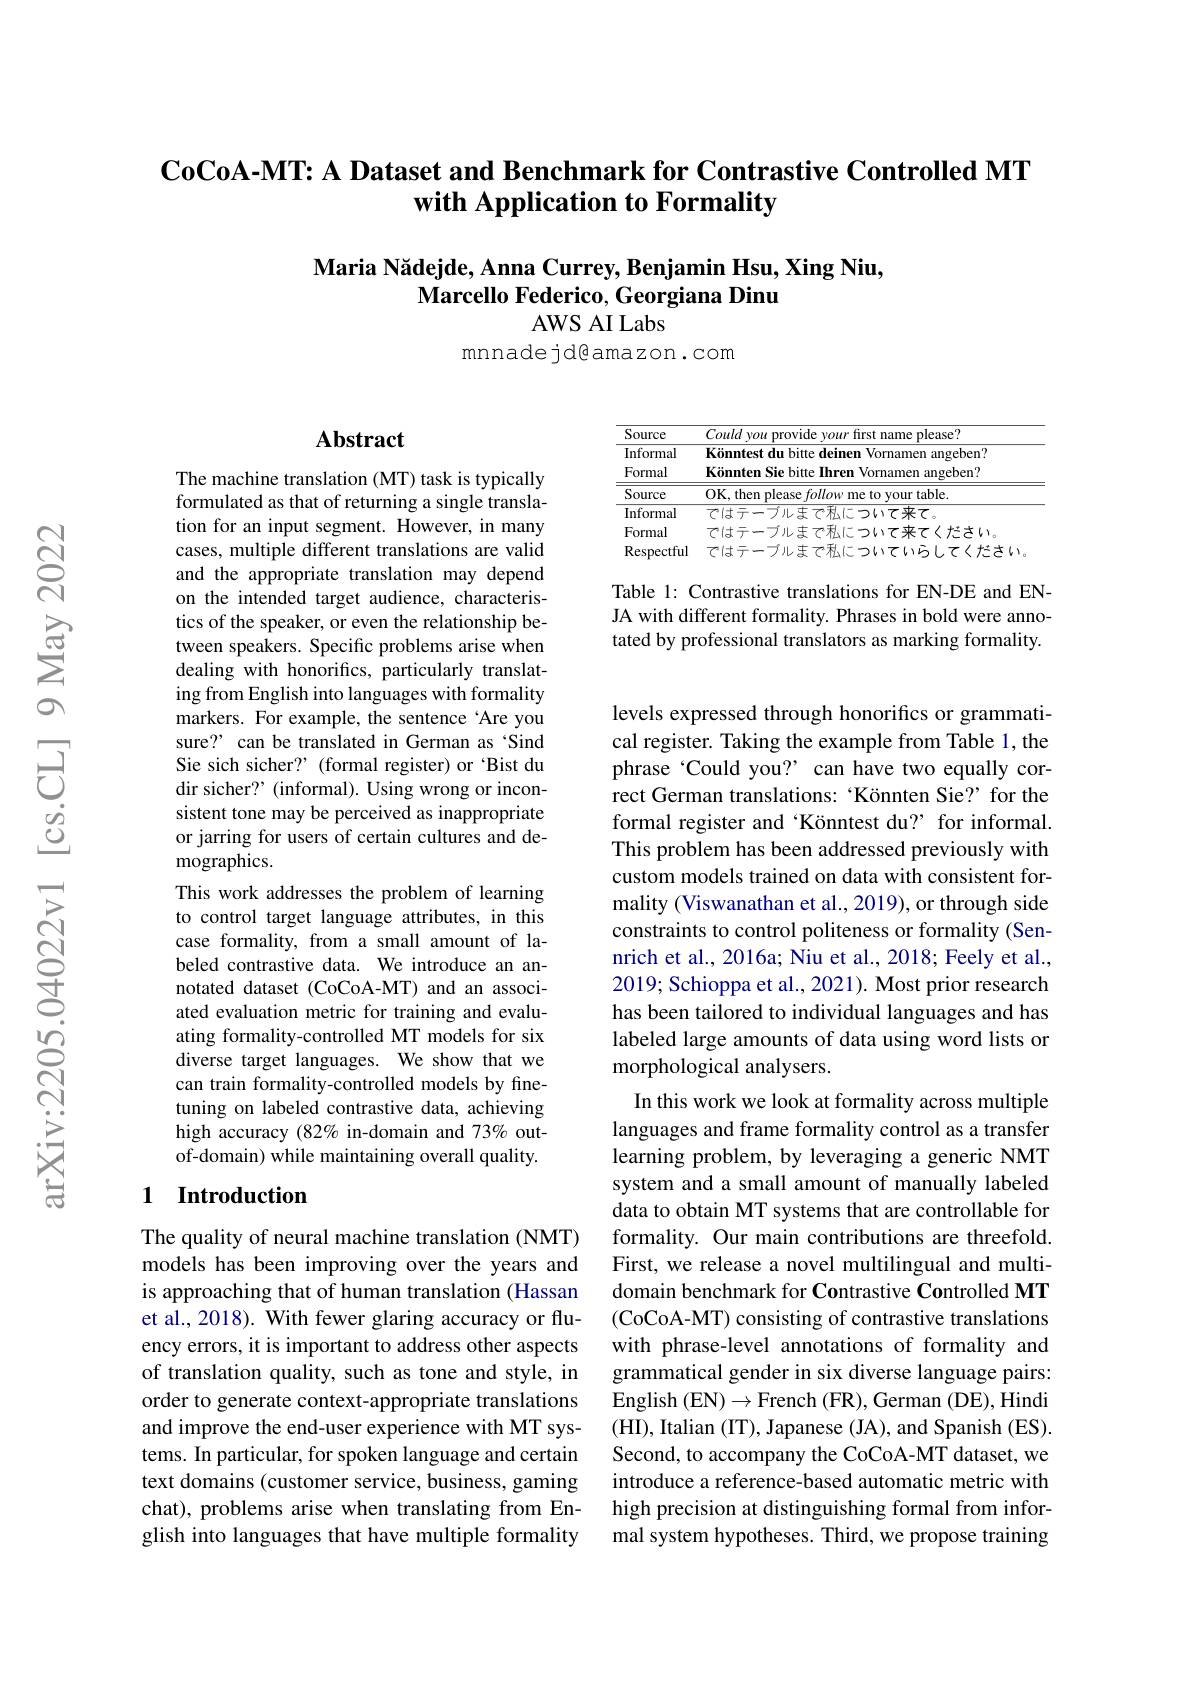
$\textbf{CoCoA- MT: A Dataset and Benchmark for Contrastive Controlled MT}$
with Application to Formality

$\textbf{Maria N\u {a}dejde, AnnaCurrey, BenjaminHsu, XingNiu, }$
Marcello Federico, Georgiana Dinu
## AWS AI Labs

mnnadejdeamazon.com

## Abstract

The machine translation (MT) task is typically formulated as that of returning a single translation for an input segment. However, in many cases, multiple different translations are valid and the appropriate translation may depend on the intended target audience, characteristics of the speaker, or even the relationship between speakers. Specific problems arise when dealing with honorifics, particularly translating from English into languages with formality markers. For example, the sentence 'Are you sure? can be translated in German as‘Sind Sie sich sicher? (formal register) or 'Bist du dir sicher? (informal). Using wrong or inconsistent tone may be perceived as inappropriate or jarring for users of certain cultures and demographics.
This work addresses the problem of learning to control target language attributes, in this case formality, from a small amount of labeled contrastive data. We introduce an annotated dataset (CoCoA-MT) and an associated evaluation metric for training and evaluating formality-controlled MT models for six diverse target languages. We show that we can train formality-controlled models by finetuning on labeled contrastive data, achieving high accuracy (82% in-domain and 73% outof-domain) while maintaining overall quality.

## 1 Introduction

The quality of neural machine translation (NMT) models has been improving over the years and is approaching that of human translation (Hassan et al., 2018). With fewer glaring accuracy or fluency errors, it is important to address other aspects of translation quality, such as tone and style, in order to generate context-appropriate translations and improve the end-user experience with MT systems. In particular, for spoken language and certain text domains (customer service, business, gaming chat), problems arise when translating from English into languages that have multiple formality

<table>
	<tbody>
		<tr>
			<th>Source</th>
			<th>could first nlease' hrnwine WOTT -1</th>
		</tr>
		<tr>
			<td>Informal</td>
			<td>Konntes angeben?</td>
		</tr>
		<tr>
			<td>Formal</td>
			<td>Könnten Sie bitte Ihren Vornamen angeben?</td>
		</tr>
		<tr>
			<td>Source</td>
			<td>$0\mathbf{K}.them$ leas me $f0$ rour table</td>
		</tr>
		<tr>
			<td>Informal</td>
			<td>=来て $T^{*}|$古十</td>
		</tr>
		<tr>
			<td>Formal</td>
			<td>-711. $P^{\prime}|=-1$ 4 $\cdot$ $7^{*}$不 $\frac{17}{2}$ $\langle$たたい</td>
		</tr>
		<tr>
			<td>Respectful</td>
			<td> </td>
		</tr>
	</tbody>
</table>

Table 1: Contrastive translations for EN-DE and ENJA with different formality. Phrases in bold were annotated by professional translators as marking formality.

levels expressed through honorifics or grammatical register. Taking the example from Table 1, the phrase 'Could you? can have two equally correct German translations: ‘Könnten Sie?’for the formal register and ‘Könntest du?’ for informal. This problem has been addressed previously with custom models trained on data with consistent formality (Viswanathan et al., 2019), or through side constraints to control politeness or formality (Sennrich et al., 2016a; Niu et al., 2018; Feely et al., 2019; Schioppa et al., 2021). Most prior research has been tailored to individual languages and has labeled large amounts of data using word lists or morphological analysers.
In this work we look at formality across multiple languages and frame formality control as a transfer learning problem, by leveraging a generic NMT system and a small amount of manually labeled data to obtain MT systems that are controllable for formality. Our main contributions are threefold. First, we release a novel multilingual and multidomain benchmark for Contrastive Controlled MT (CoCoA-MT) consisting of contrastive translations with phrase-level annotations of formality and grammatical gender in six diverse language pairs: English ( EN) $\to$French ( FR) , German ( DE) , Hindi (HI), Italian (IT), Japanese (JA), and Spanish (ES). Second, to accompany the CoCoA-MT dataset, we introduce a reference-based automatic metric with high precision at distinguishing formal from informal system hypotheses. Third, we propose training